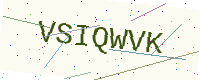
Text: VSIQWVK